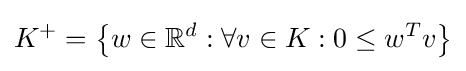
K^{+}=\left\{w\in \mathbb {R} ^{d}:\forall v\in K:0\leq w^{T}v\right\}